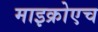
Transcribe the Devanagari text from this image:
माइक्रोएच